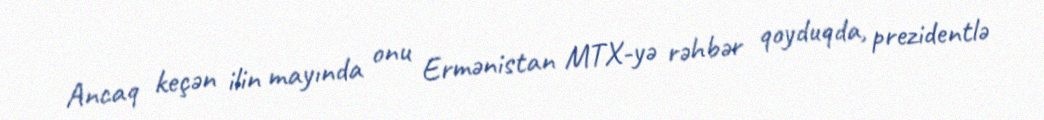
Ancaq keçən ilin mayında onu Ermənistan MTX-yə rəhbər qoyduqda, prezidentlə